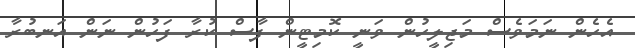
އެހެން ނަމަވެސް މަޖިލީހުން ވަނީ ކޮމިޓީން ފާސް ކުރާ ފަހުން ނަން އަނބުރާ